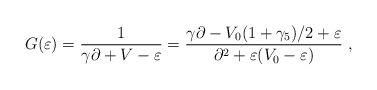
\begin{align*}G(\varepsilon)= \frac{1}{ \gamma \partial + V -\varepsilon}=\frac{\gamma \partial -V_0 (1+\gamma_5)/2+\varepsilon}{\partial^2+\varepsilon (V_0-\varepsilon)}~,\end{align*}